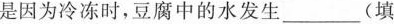
是因为冷冻时，豆腐中的水发生___(填